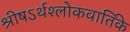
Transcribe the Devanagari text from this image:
श्रीषऽर्थश्लोकवार्तिके